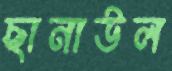
ছানাউল